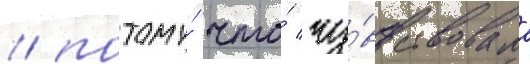
/ потому́ что́ чу́вствовала